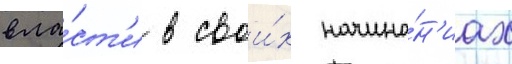
вла́ст'и в свои́х начина́н'иах